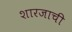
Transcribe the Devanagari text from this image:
शारजाची